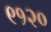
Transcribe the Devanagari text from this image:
९१२०